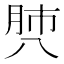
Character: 𰮡